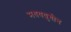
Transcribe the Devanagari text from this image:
मधययुगीन